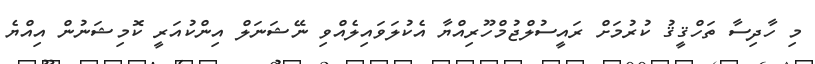
މި ހާދިސާ ތަހްޤީޤު ކުރުމަށް ރައީސުލްޖުމްހޫރިއްޔާ އެކުލަވައިލެއްވި ނޭޝަނަލް އިންކުއަރީ ކޮމިޝަނުން އިއްޔެ